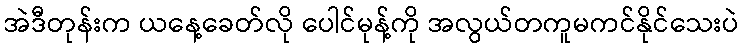
အဲဒီတုန်းက ယနေ့ခေတ်လို ပေါင်မုန့်ကို အလွယ်တကူမကင်နိုင်သေးပဲ